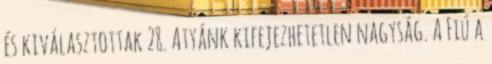
és kiválasztottak 28. Atyánk kifejezhetetlen nagyság. A Fiú a